Education (Scotland) Act, 1936, 1936
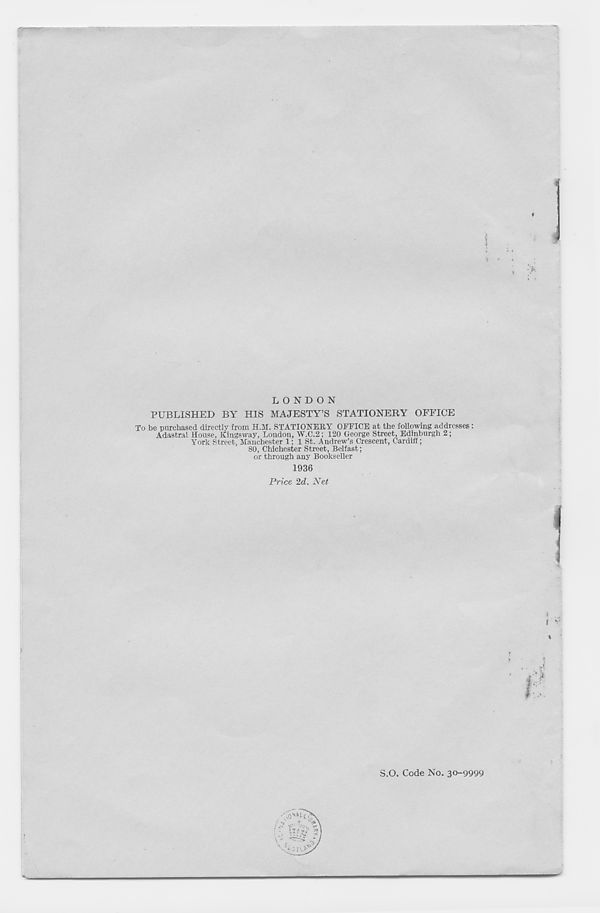
LONDON
PUBLISHED BY HIS MAJESTY’S STATIONERY OFFICE
To be purchased directly from H.31. STATIONERY OFFICE at the following addresses:
Adastrul House, Kingsway, London, W.C.2; 120 George Street, Edinburgh 2;
York Street, Manchester 1; 1 St. Andrew’s Crescent, Cardiff;
80, Chichester Street, Belfast;
or through any Bookseller
1936
Price 2d. Net
S.O. Code No. 30-9999